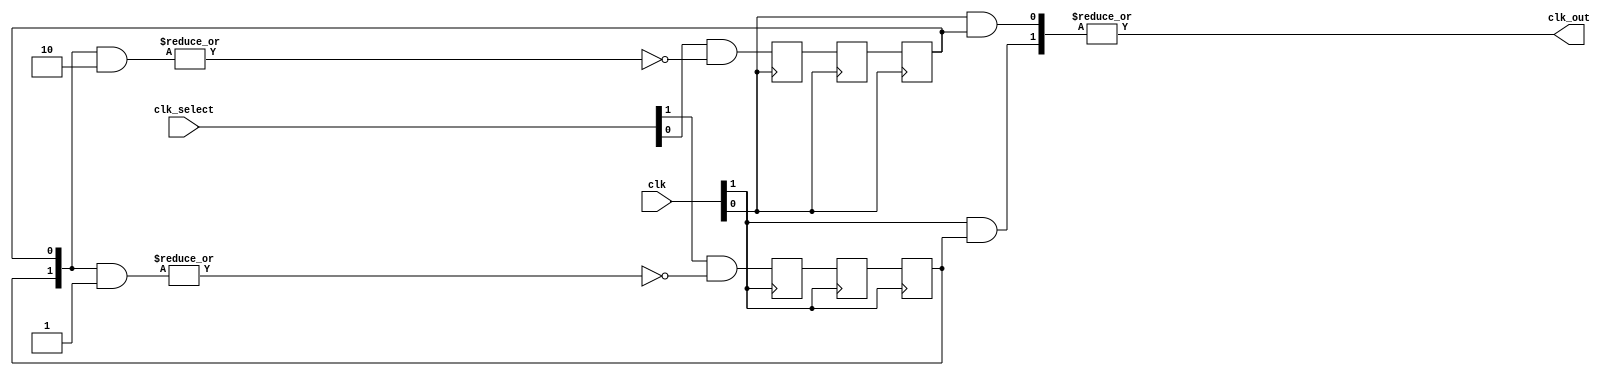
module glitch_free_clock_mux (clk,clk_select,clk_out);

	parameter num_clocks = 2;

	input [num_clocks-1:0] clk;
	input [num_clocks-1:0] clk_select; // one hot
	output clk_out;

	genvar i;

	reg [num_clocks-1:0] ena_r0;
	reg [num_clocks-1:0] ena_r1;
	reg [num_clocks-1:0] ena_r2;
	wire [num_clocks-1:0] qualified_sel;

	// A look-up-table (LUT) can glitch when multiple inputs 
	// change simultaneously. Use the keep attribute to
	// insert a hard logic cell buffer and prevent 
	// the unrelated clocks from appearing on the same LUT.

	wire [num_clocks-1:0] gated_clks /* synthesis keep */;

	initial begin
		ena_r0 = 0;
		ena_r1 = 0;
		ena_r2 = 0;
	end

	generate
		for (i=0; i<num_clocks; i=i+1) 
		begin : lp0
			wire [num_clocks-1:0] tmp_mask;
			assign tmp_mask = {num_clocks{1'b1}} ^ (1 << i);

			assign qualified_sel[i] = clk_select[i] & (~|(ena_r2 & tmp_mask));

			always @(posedge clk[i]) begin
				ena_r0[i] <= qualified_sel[i];    	
				ena_r1[i] <= ena_r0[i];    	
			end

			always @(negedge clk[i]) begin
				ena_r2[i] <= ena_r1[i];    	
			end

			assign gated_clks[i] = clk[i] & ena_r2[i];
		end
	endgenerate

	// These will not exhibit simultaneous toggle by construction
	assign clk_out = |gated_clks;
endmodule